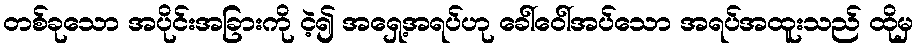
တစ်ခုသော အပိုင်းအခြားကို ငဲ့၍ အရှေ့အရပ်ဟု ခေါ်ဝေါ်အပ်သော အရပ်အထူးသည် ထိုမှ